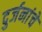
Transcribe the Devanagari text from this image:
दुर्जनांचे